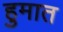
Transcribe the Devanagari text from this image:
हुमात